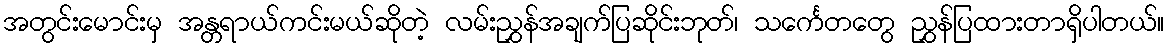
အတွင်းမောင်းမှ အန္တရာယ်ကင်းမယ်ဆိုတဲ့ လမ်းညွှန်အချက်ပြဆိုင်းဘုတ်၊ သင်္ကေတတွေ ညွှန်ပြထားတာရှိပါတယ်။